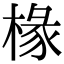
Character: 椽